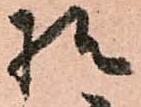
様